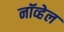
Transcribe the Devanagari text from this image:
नॉव्हेल